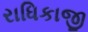
રાધિકાજી